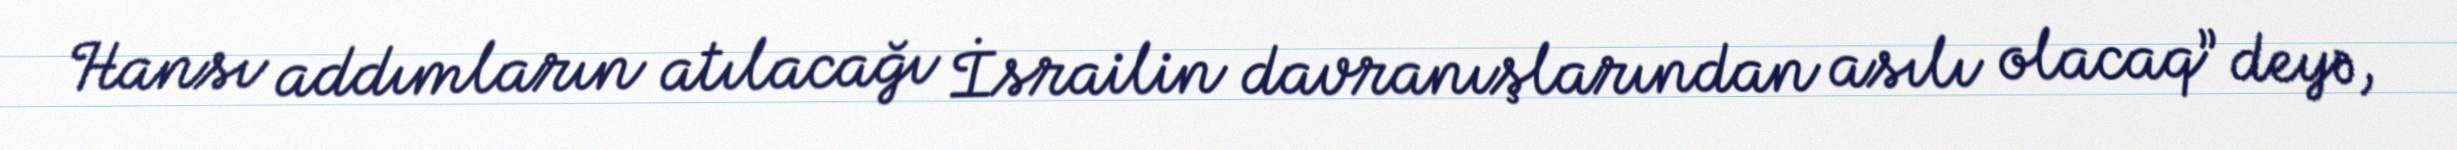
Hansı addımların atılacağı İsrailin davranışlarından asılı olacaq” deyə,